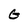
Character: G